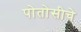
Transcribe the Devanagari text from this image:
पोतोसीचे